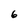
Character: 6